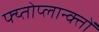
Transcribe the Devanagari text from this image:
फ्य्तोप्लान्क्तों